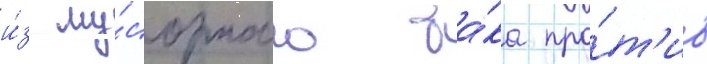
и́з му́сорного ба́ка про́т'ив